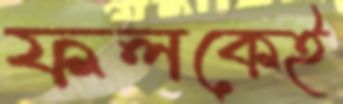
ফলকেই